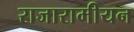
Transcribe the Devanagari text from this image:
राजारामीयन